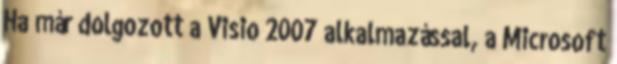
Ha már dolgozott a Visio 2007 alkalmazással, a Microsoft